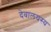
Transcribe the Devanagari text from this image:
देवालयस्य